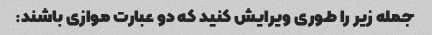
جمله زیر را طوری ویرایش کنید که دو عبارت موازی باشند: